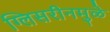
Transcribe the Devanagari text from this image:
ग्लिसरीनमुळे